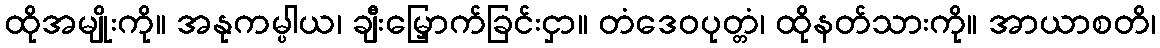
ထိုအမျိုးကို။ အနုကမ္ပါယ၊ ချီးမြှောက်ခြင်းငှာ။ တံဒေဝပုတ္တံ၊ ထိုနတ်သားကို။ အာယာစတိ၊